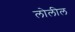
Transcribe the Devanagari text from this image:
लोलील